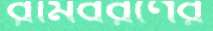
রামবরণের